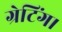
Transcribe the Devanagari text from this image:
ग्रेटिंग।